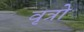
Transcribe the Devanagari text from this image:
वृत्रो